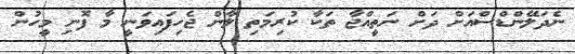
ނެދަލޭންޑްސްއަށް ދަށް ނަތީއްޖާ ތަކާ ކުރިމަތި ލާން ޖެހިފައިވަނީ މާ ފޮނި މީހުން